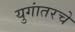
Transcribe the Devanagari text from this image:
युगांतरचे